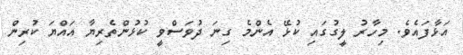
އަޅާފައެވެ. މިހާރު ލީގުގައި ކުޅޭ އެންމެ ގިނަ ދުވަސްވީ ކުޅުންތެރިޔާ އައްޔަ ކުރިން